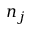
n _ { j }